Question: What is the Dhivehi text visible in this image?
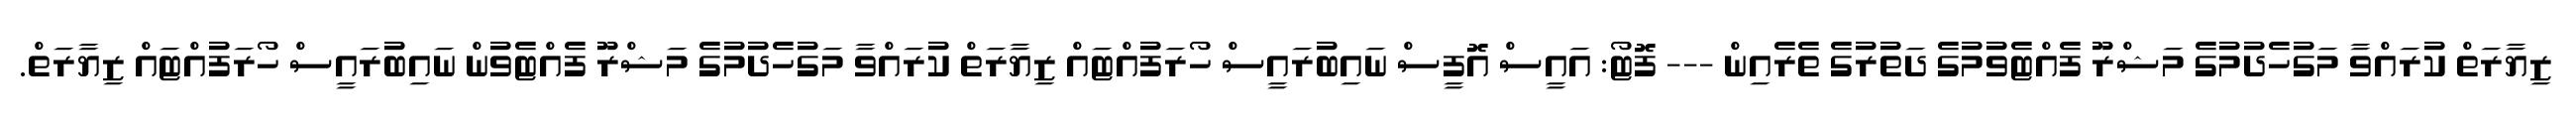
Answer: ޒިޔާރަތް ކުރައްވާ މަގުހެދުމުގެ މަޝްރޫ ފެއްޓެވުމުގެ ދަތުރުގެ ތެރެއިން --- ފޮޓޯ: އައީސް އޮފީސް ނައިބުރައީސް ހޯރަފުއްޓައް ޒިޔާރަތް ކުރައްވާ މަގުހެދުމުގެ މަޝްރޫ ފެއްޓެވުން ނައިބުރައީސް ހޯރަފުއްޓައް ޒިޔާރަތް.